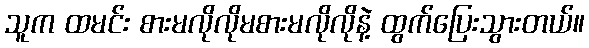
သူက ထမင်း စားမလိုလိုမစားမလိုလိုနဲ့ ထွက်ပြေးသွားတယ်။